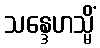
သန္ဒေဟသ္မိံ